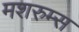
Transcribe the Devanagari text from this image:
मशरुम्स